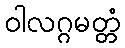
ဝါလဂ္ဂမတ္တံ